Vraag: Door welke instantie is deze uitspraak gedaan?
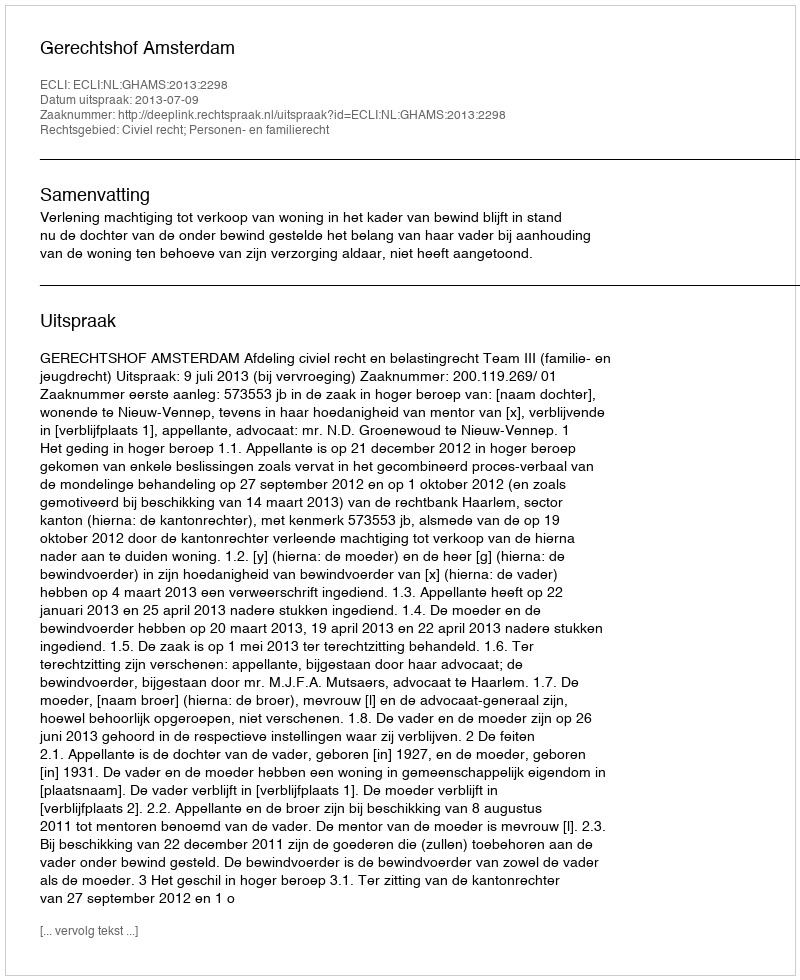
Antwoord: Gerechtshof Amsterdam